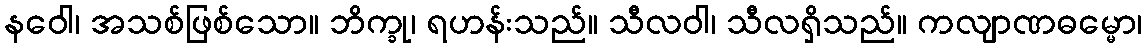
နဝေါ၊ အသစ်ဖြစ်သော။ ဘိက္ခု၊ ရဟန်းသည်။ သီလဝါ၊ သီလရှိသည်။ ကလျာဏဓမ္မော၊